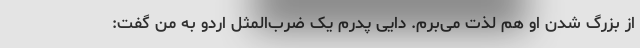
از بزرگ شدن او هم لذت می‌برم. دایی پدرم یک ضرب‌المثل اردو به من گفت: